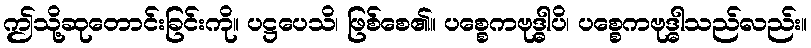
ဤသို့ဆုတောင်းခြင်းကို။ ပဋ္ဌပေသိ၊ ဖြစ်စေ၏။ ပစ္စေကဗုဒ္ဓါပိ၊ ပစ္စေကဗုဒ္ဓါသည်လည်း။